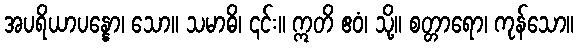
အပရိယာပန္နော၊ သော။ သမာဓိ၊ ၎င်း။ ဣတိ ဧဝံ၊ သို့။ စတ္တာရော၊ ကုန်သော။